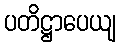
ပတိဋ္ဌာပေယျ